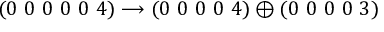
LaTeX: ( 0 ~ 0 ~ 0 ~ 0 ~ 0 ~ 4 ) \longrightarrow ( 0 ~ 0 ~ 0 ~ 0 ~ 4 ) \oplus ( 0 ~ 0 ~ 0 ~ 0 ~ 3 )